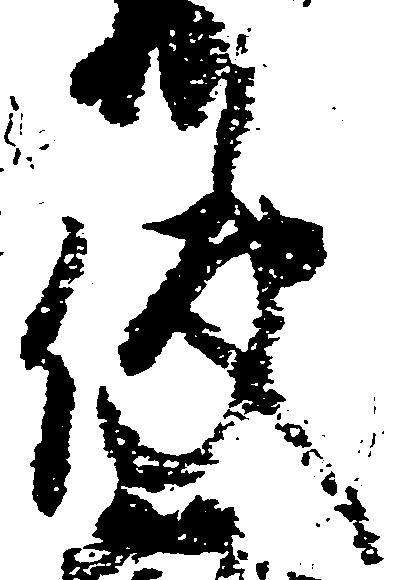
使